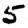
Digit: 5